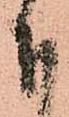
下